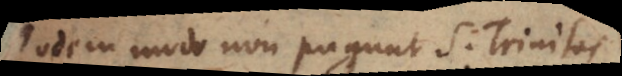
Eodem modo non pugnat S. Trinitas